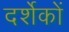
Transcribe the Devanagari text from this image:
दर्शेकों